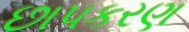
છાપકરણ